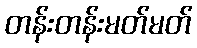
တန်းတန်းမတ်မတ်